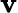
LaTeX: \mathbf{v}